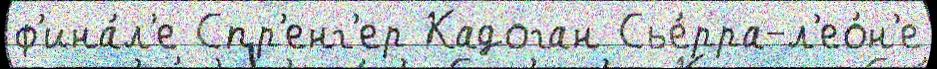
ф'ина́л'е Спр'енг'ер Кадоган Сье́рра-л'ео́н'е